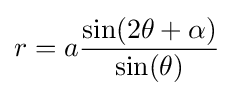
r=a{\frac {\sin(2\theta +\alpha )}{\sin(\theta )}}